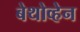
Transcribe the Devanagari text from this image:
बेथोव्हेन